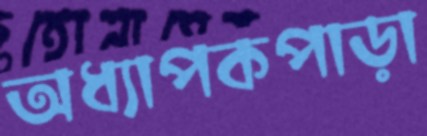
অধ্যাপকপাড়া